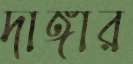
দাঙ্গার